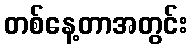
တစ်နေ့တာအတွင်း